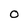
Character: O